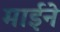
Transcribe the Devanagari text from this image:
माईने